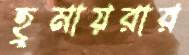
হুমায়রার